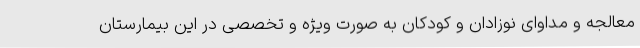
معالجه و مداوای نوزادان و کودکان به صورت ویژه و تخصصی در این بیمارستان